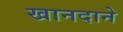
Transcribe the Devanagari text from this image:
खानदाने